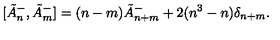
[ \tilde { A } _ { n } ^ { - } , \tilde { A } _ { m } ^ { - } ] = ( n - m ) \tilde { A } _ { n + m } ^ { - } + 2 ( n ^ { 3 } - n ) \delta _ { n + m } .